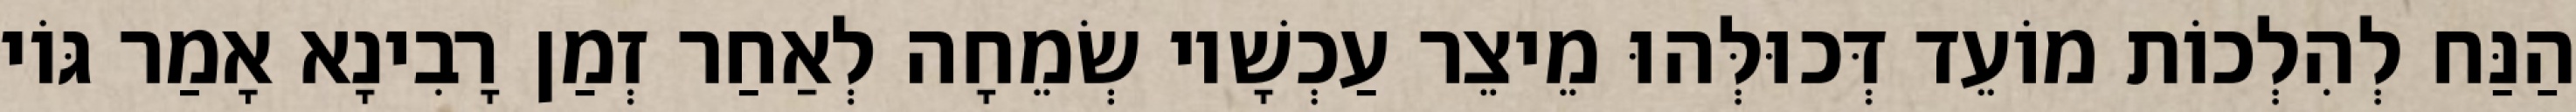
הַנַּח לְהִלְכוֹת מוֹעֵד דְּכוּלְּהוּ מֵיצֵר עַכְשָׁיו שְׂמֵחָה לְאַחַר זְמַן רָבִינָא אָמַר גּוֹי